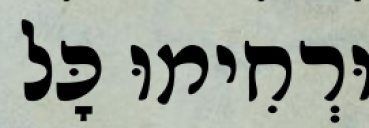
וּרְחִימוּ כׇּל